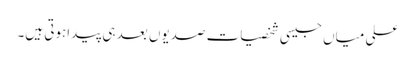
علی میاں جیسی شخصیات صدیوں بعد ہی پیداہوتی ہیں۔